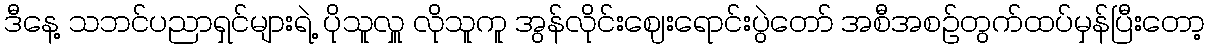
ဒီနေ့ သဘင်ပညာရှင်များရဲ့ ပိုသူလှူ လိုသူကူ အွန်လိုင်းဈေးရောင်းပွဲတော် အစီအစဉ်တွက်ထပ်မှန်ပြီးတော့